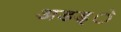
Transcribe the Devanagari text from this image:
अडड्े